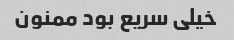
خیلی سریع بود ممنون